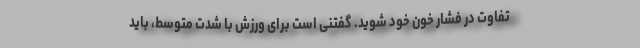
تفاوت در فشار خون خود شوید. گفتنی است برای ورزش با شدت متوسط، باید